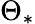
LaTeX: \Theta_{\ast}